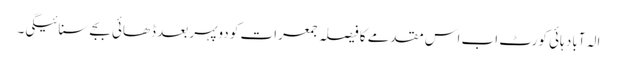
الہ آباد ہائی کورٹ اب اس مقدمے کا فیصلہ جمعرات کو دوپہر بعد ڈھائی بجے سنائیگی۔